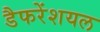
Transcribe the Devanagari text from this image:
डैफरेंशयल